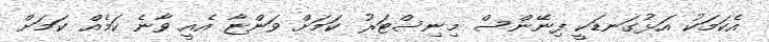
އެކަމަކު އަޅުގަނޑަކީ ފިނޭންސް މިނިސްޓަރު ކަމަށް ވަންޏާ އެއީ ވާނެ ކަމެއް ކަމަށް